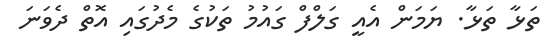
ތަޅާ ތަޅާ. ޔަމަން އެއީ ގަލްފް ގައުމު ތަކުގެ މެދުގައި އޮތް ދެވަނަ